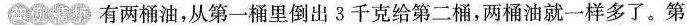
典例精析 有两桶油，从第一桶里倒出3千克给第二桶，两桶油就一样多了。第